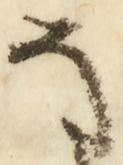
な